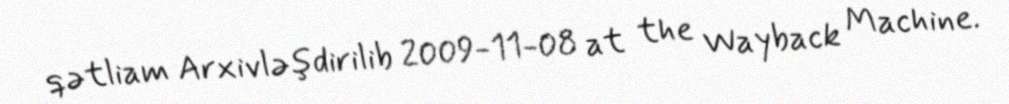
qətliam Arxivləşdirilib 2009-11-08 at the Wayback Machine.